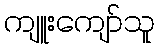
ကျူးကျော်သူ